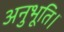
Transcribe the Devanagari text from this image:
अनुभूति।